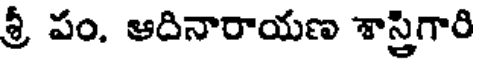
శ్రీ పం. ఆదినారాయణ శాస్త్రిగారి